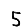
Digit: 5